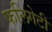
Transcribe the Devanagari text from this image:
फलिगेटी